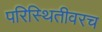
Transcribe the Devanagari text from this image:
परिस्थितीवरच